Scottish Leaving Certificate Examination, 1951
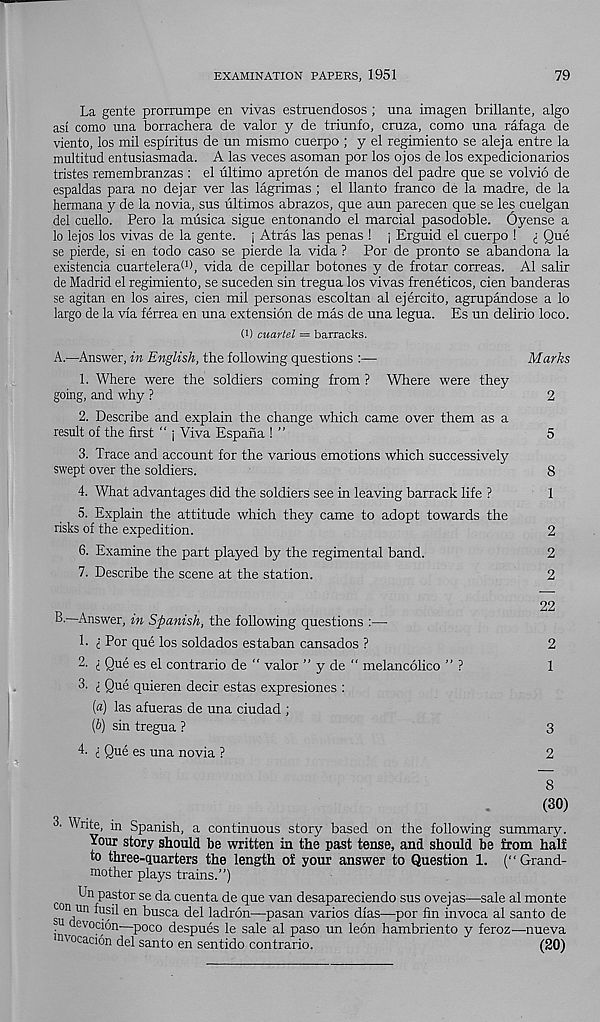
EXAMINATION PAPERS, 1951
79
La gente prorrumpe en vivas estruendosos ; una imagen brillante, algo
asi como una borrachera de valor y de triunfo, cruza, como una rafaga de
viento, los mil espiritus de un mismo cuerpo ; y el regimiento se aleja entre la
multitud entusiasmada. A las veces asoman por los ojos de los expedicionarios
tristes remembranzas : el ultimo apreton de manos del padre que se volvio de
espaldas para no dejar ver las lagrimas ; el llanto franco de la madre, de la
hermana y de la novia, sus ultimos abrazos, que aun parecen que se les cuelgan
del cuello. Pero la musica sigue entonando el marcial pasodoble. Oyense a
lo lejos los vivas de la gente. j Atras las penas ! j Erguid el cuerpo ! £ Que
se pierde, si en todo caso se pierde la vida ? Por de pronto se abandona la
existencia cuartelera^, vida de cepillar botones y de frotar correas. A1 salir
de Madrid el regimiento, se suceden sin tregua los vivas freneticos, cien banderas
se agitan en los aires, cien mil personas escoltan al ejercito, agrupandose a lo
largo de la via ferrea en una extension de mas de una legua. Es un delirio loco.
(!) ouartel = barracks.
A.—Answer, in English, the following questions
Marks
1. Where were the soldiers coming from ? Where were they
going, and why ?
2
2. Describe and explain the change which came over them as a
result of the first “ j Viva Espana ! ”
5
3. Trace and account for the various emotions which successively
swept over the soldiers.
8
4. What advantages did the soldiers see in leaving barrack life ?
1
5. Explain the attitude which they came to adopt towards the
risks of the expedition.
2
6. Examine the part played by the regimental band.
2
7. Describe the scene at the station.
2
22
“•—Answer, in Spanish, the following questions :—
1. £ Por que los soldados estaban cansados ?
2
2. £ Que es el contrario de " valor ” y de “ melancolico ” ?
1
3. £ Que quieren decir estas expresiones :
[a) las afueras de una ciudad ;
[b) sin tregua ?
3
4. £ Que es una novia ?
2
8
(30)
■ Write, in Spanish, a continuous story based on the following summary.
Your story should be written in the past tense, and should be from half
to three-ciuarters the length of your answer to Question 1. (“Grand-
mother plays trains.”)
Un pastor se da cuenta de que van desapareciendo sus ovejas—sale al monte
su 11 ™ tusil en busca del ladron—pasan varios dias—por fin invoca al santo de
uevocion—poco despues le sale al paso un leon hambriento y feroZ'—nueva
nvocacion del santo en sentido contrario.
(20)